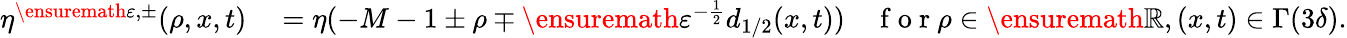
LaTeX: \begin{array}{rl}{\eta^{\ensuremath{\varepsilon},\pm}(\rho,x,t)}&{{}=\eta(-M-1\pm\rho\mp\ensuremath{\varepsilon}^{-\frac 12}d_{1/2}(x,t))\quad\mathrm{~f~o~r~}\rho\in\ensuremath{\mathbb{R}},(x,t)\in\Gamma(3\delta).}\end{array}